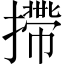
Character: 摕